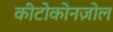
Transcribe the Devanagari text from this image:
कीटोकोनज़ोल